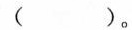
（）。